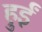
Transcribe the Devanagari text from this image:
हुर्इं